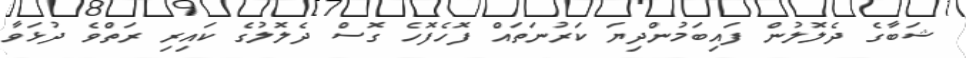
ޝަބާގެ ދެލޮލުން ފައިބަމުންދިޔަ ކަރުނަތައް ފޮހެފޮހެ ގޮސް ދެލޮލުގެ ކައިރި ރަތްވެ ދުޅަވާ